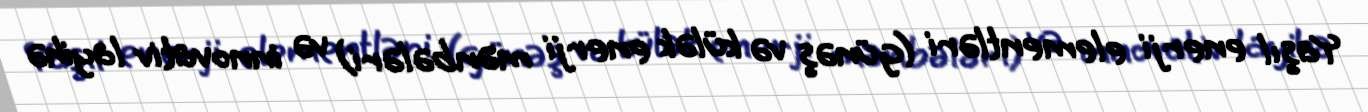
Yaşıl enerji elementləri (günəş və külək enerji mənbələri) və innovativ layihə